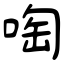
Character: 啕